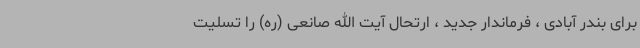
برای بندر آبادی ، فرماندار جدید ، ارتحال آیت الله صانعی (ره) را تسلیت